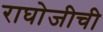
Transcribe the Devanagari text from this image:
राघोजीची